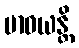
ဗာဓယန္တိ